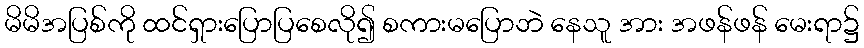
မိမိအပြစ်ကို ထင်ရှားပြောပြစေလို၍ စကားမပြောဘဲ နေသူ အား အဖန်ဖန် မေးရာ၌